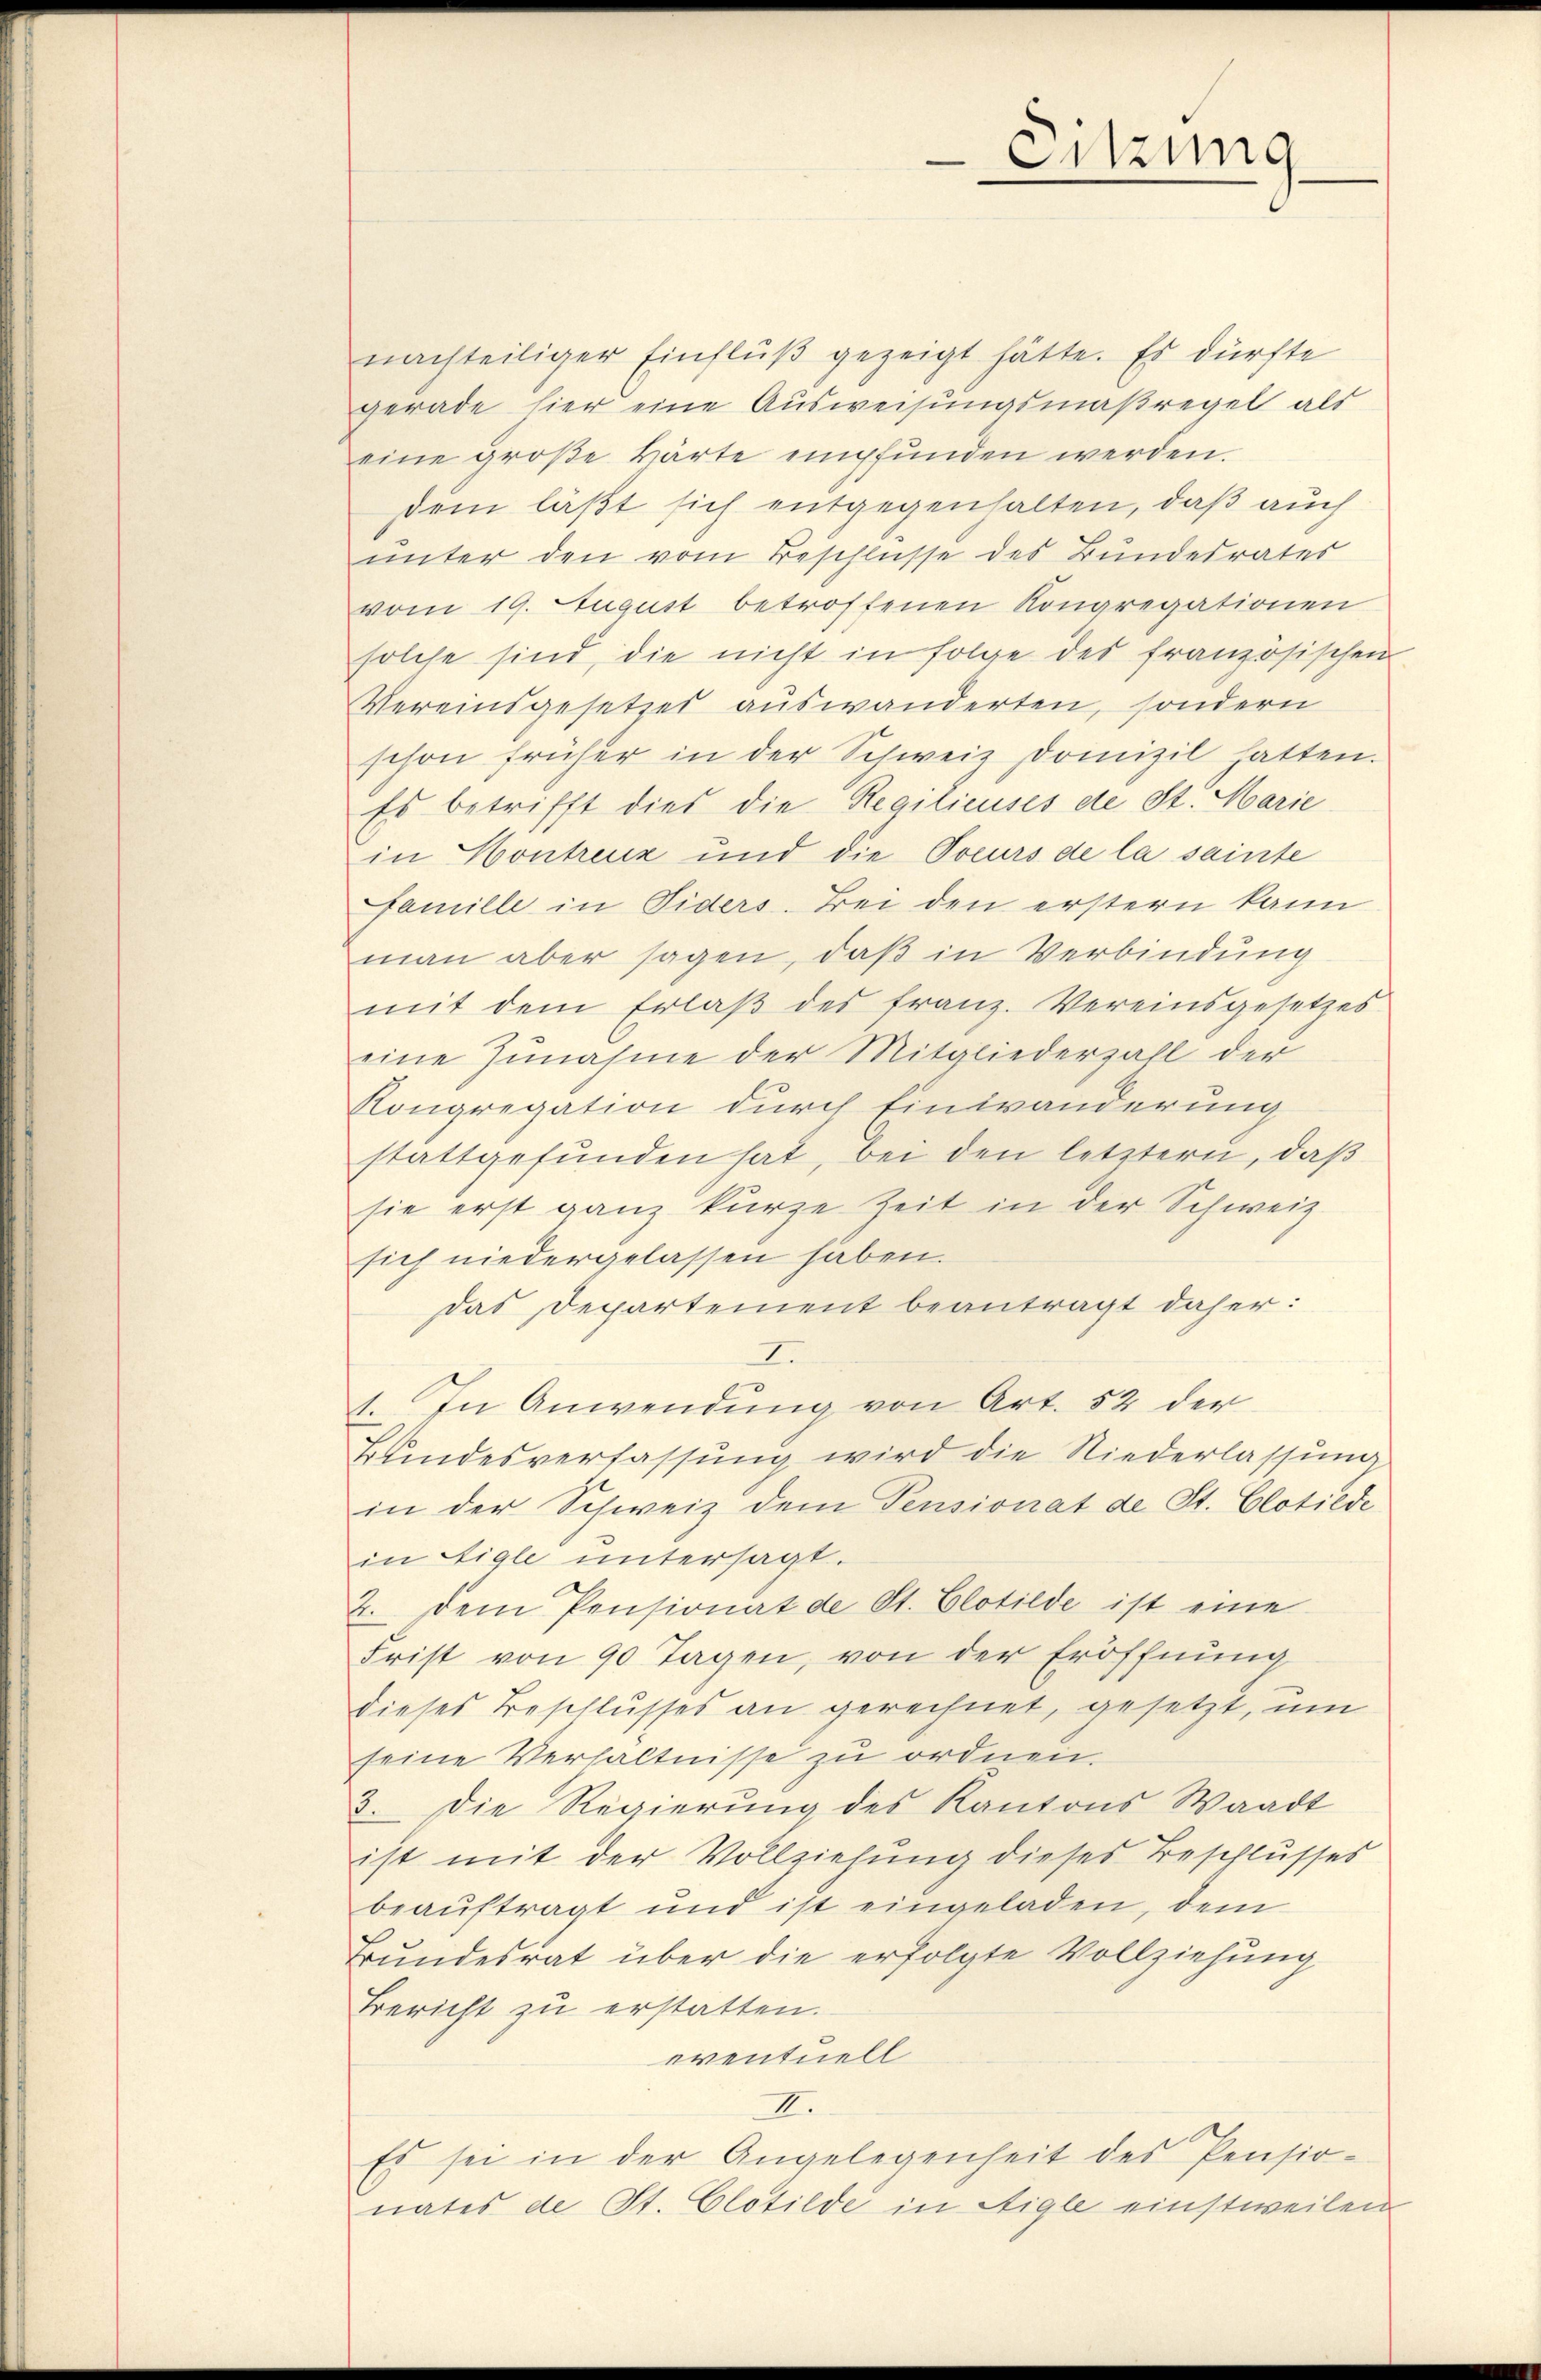
nachteiliger Einflŭβ gezeigt hätte. Es dürfte
gerade hier eine Ausweisungsmaßregel als
eine große Wärte empfunden werden.
dem läßt sich entgegenhalten, daß auch
unter den vom Beschlüsse des Bundesrates
vom 19. August betroffenen Kongregationen
solche sind, die nicht in folge des französischen
Vereinsgesetzes auswanderten, sondern
schon früher in der Schweiz Domizil hatten.
Es betrifft dies die Regilieuses de St. Marie
in Hontreuz und die Toeurs de la sainte
famille in Fiders. Bei den erstern kann
man aber sagen, daß in Verbindung
mit dem Erlaβ des franz. Vereinsgesetzes
eine Zunahme der Mitgliederzall der
Congregation durch Einwanderung
stattgefunden hat, bei den letztern, daß
sie erst ganz kurze Zeit in der Schweiz.
sich niedergelassen haben.
das Departement beantragt daher:
2.
1. In Anwendung von Art. 52 der
Kundesverfassung wird die Niederlassung
in der Schweiz dem Pensionat de St. Clotilde
in Aigle untersagt.
2. Dem Pensionat de St. Clotilde ist eine
Frist von 90 Tagen, von der Eröffnung
dieses Beschlusses an gerechnet, gesetzt, um
seine Verhältnisse zu ordnen.
3. Die Regierung des Kantons Waadt
ist mit der Vollziehung dieses Beschlusses
beauftragt und ist eingeladen, dem
Bundesrat über die erfolgte Vollziehung
Bericht zu erstatten.
eventuell
II.
Es sei in der Angelegenheit des Pensio
nates de St. Clotilde in Aigle einstweilen

Sitzung